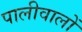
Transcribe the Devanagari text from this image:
पालीवालों